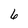
Character: 6